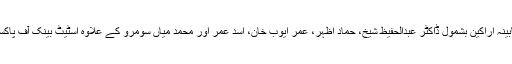
آئی ایم ایف کا وفد پاکستان میں آئندہ ہفتے تک قیام کے دوران کابینہ اراکین بشمول ڈاکٹر عبدالحفیظ شیخ، حماد اظہر، عمر ایوب خان، اسد عمر اور محمد میاں سومرو کے علاوہ اسٹیٹ بینک آف پاکستان اور معاشی وزارتوں کے اعلیٰ حکام سے ملاقاتیں کرے گا۔